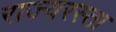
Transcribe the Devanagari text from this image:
राज्यरस्ता